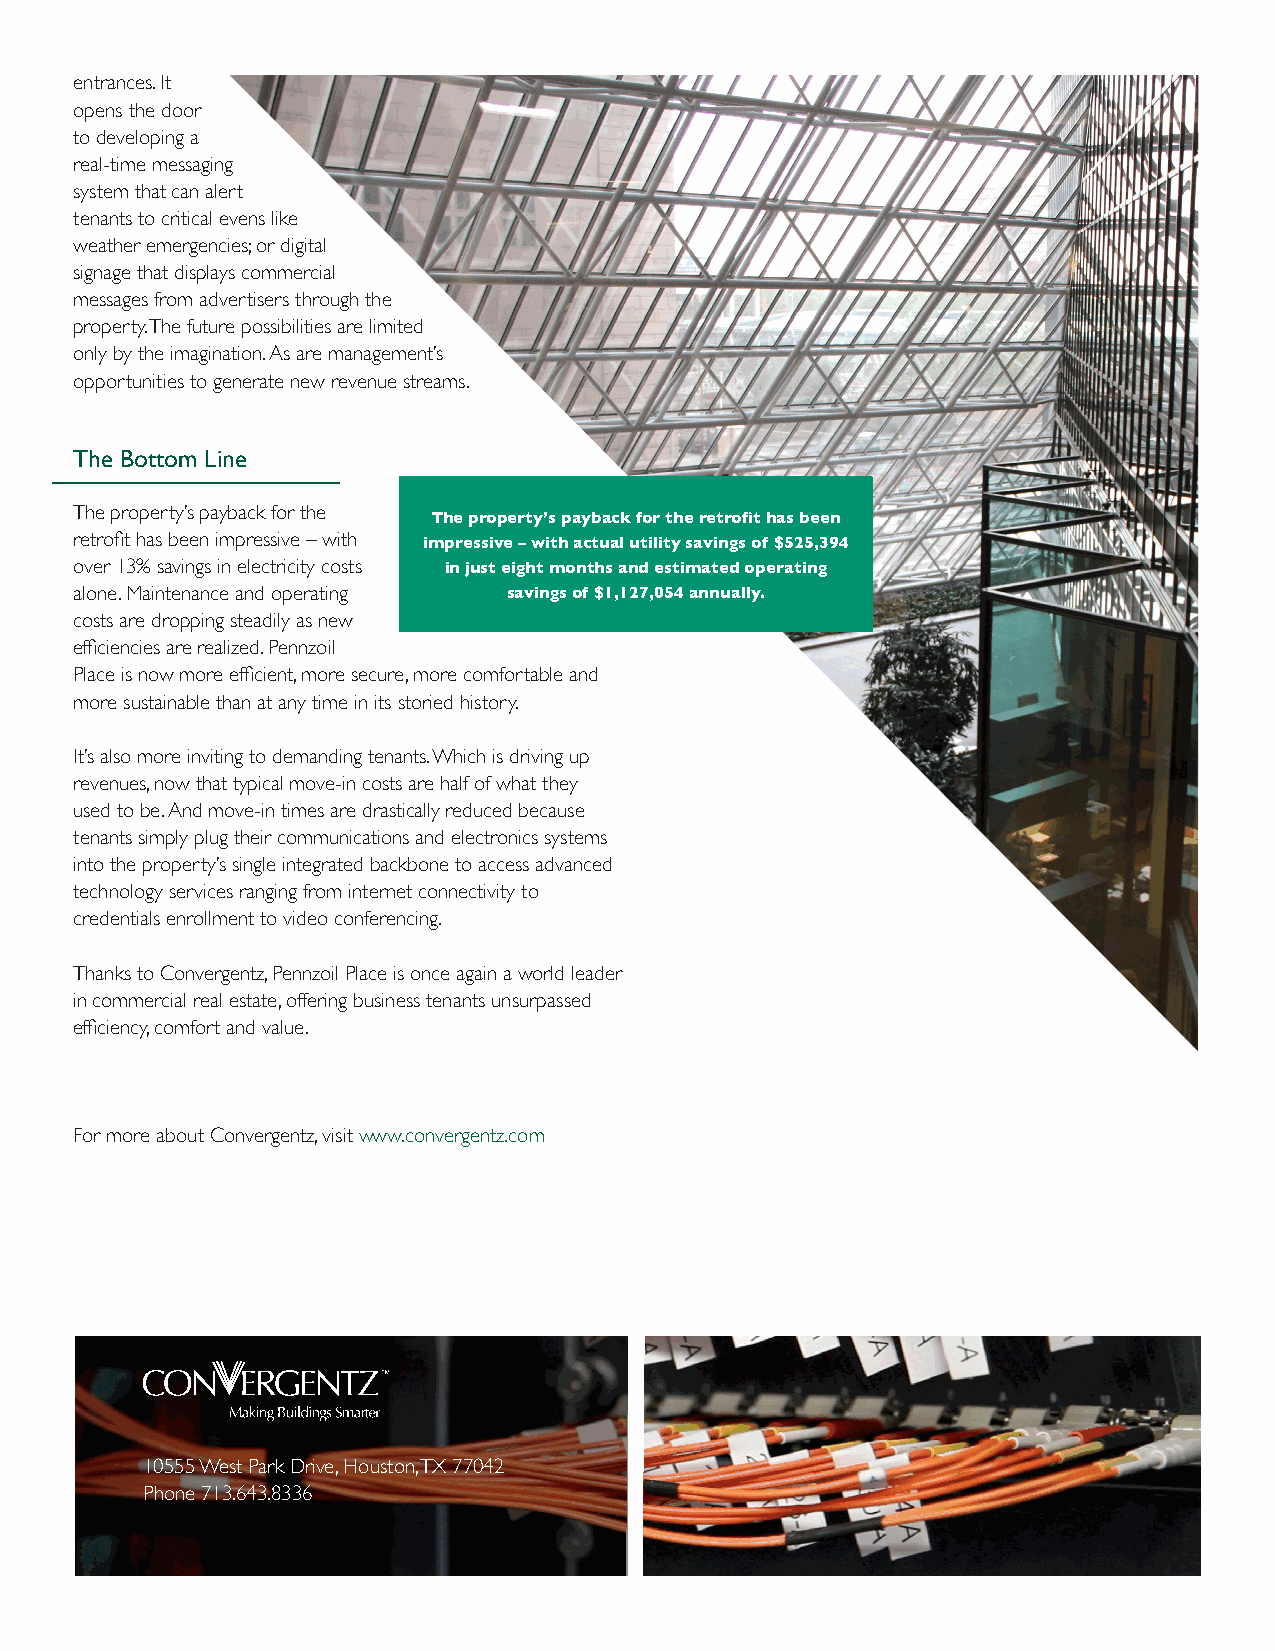
entrances. It
 opens the door
 to developing a
 real-time messaging
 system that can alert
 tenants to critical evens like
 weather emergencies; or digital
 signage that displays commercial
 messages from advertisers through the
 property. The future possibilities are limited
 only by the imagination. As are management’s
 opportunities to generate new revenue streams.
 The Bottom Line
 The property’s payback for the The property’s payback for the retrofit has been
 retrofit has been impressive – with impressive – with actual utility savings of $525,394
 over 13% savings in electricity costs in just eight months and estimated operating
 alone. Maintenance and operating savings of $1,127,054 annually.
 costs are dropping steadily as new
 efficiencies are realized. Pennzoil
 Place is now more efficient, more secure, more comfortable and
 more sustainable than at any time in its storied history.
 It’s also more inviting to demanding tenants. Which is driving up
 revenues, now that typical move-in costs are half of what they
 used to be. And move-in times are drastically reduced because
 tenants simply plug their communications and electronics systems
 into the property’s single integrated backbone to access advanced
 technology services ranging from internet connectivity to
 credentials enrollment to video conferencing.
 Thanks to Convergentz, Pennzoil Place is once again a world leader
 in commercial real estate, offering business tenants unsurpassed
 efficiency, comfort and value.
 For more about Convergentz, visit www.convergentz.com
 10555 West Park Drive, Houston, TX 77042
 Phone 713.643.8336